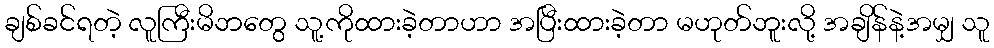
ချစ်ခင်ရတဲ့ လူကြီးမိဘတွေ သူ့ကိုထားခဲ့တာဟာ အပြီးထားခဲ့တာ မဟုတ်ဘူးလို့ အချိန်နဲ့အမျှ သူ